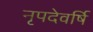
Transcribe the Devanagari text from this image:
नृपदेवर्षि